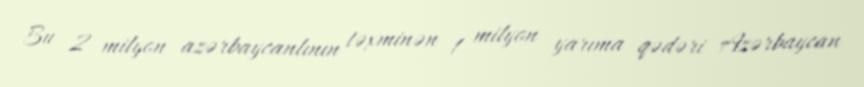
Bu 2 milyon azərbaycanlının təxminən 1 milyon yarıma qədəri Azərbaycan